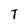
Character: t